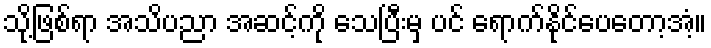
သို့ဖြစ်ရာ အသိပညာ အဆင့်ကို သေပြီးမှ ပင် ရောက်နိုင်ပေတော့အံ့။